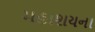
મહાશયના